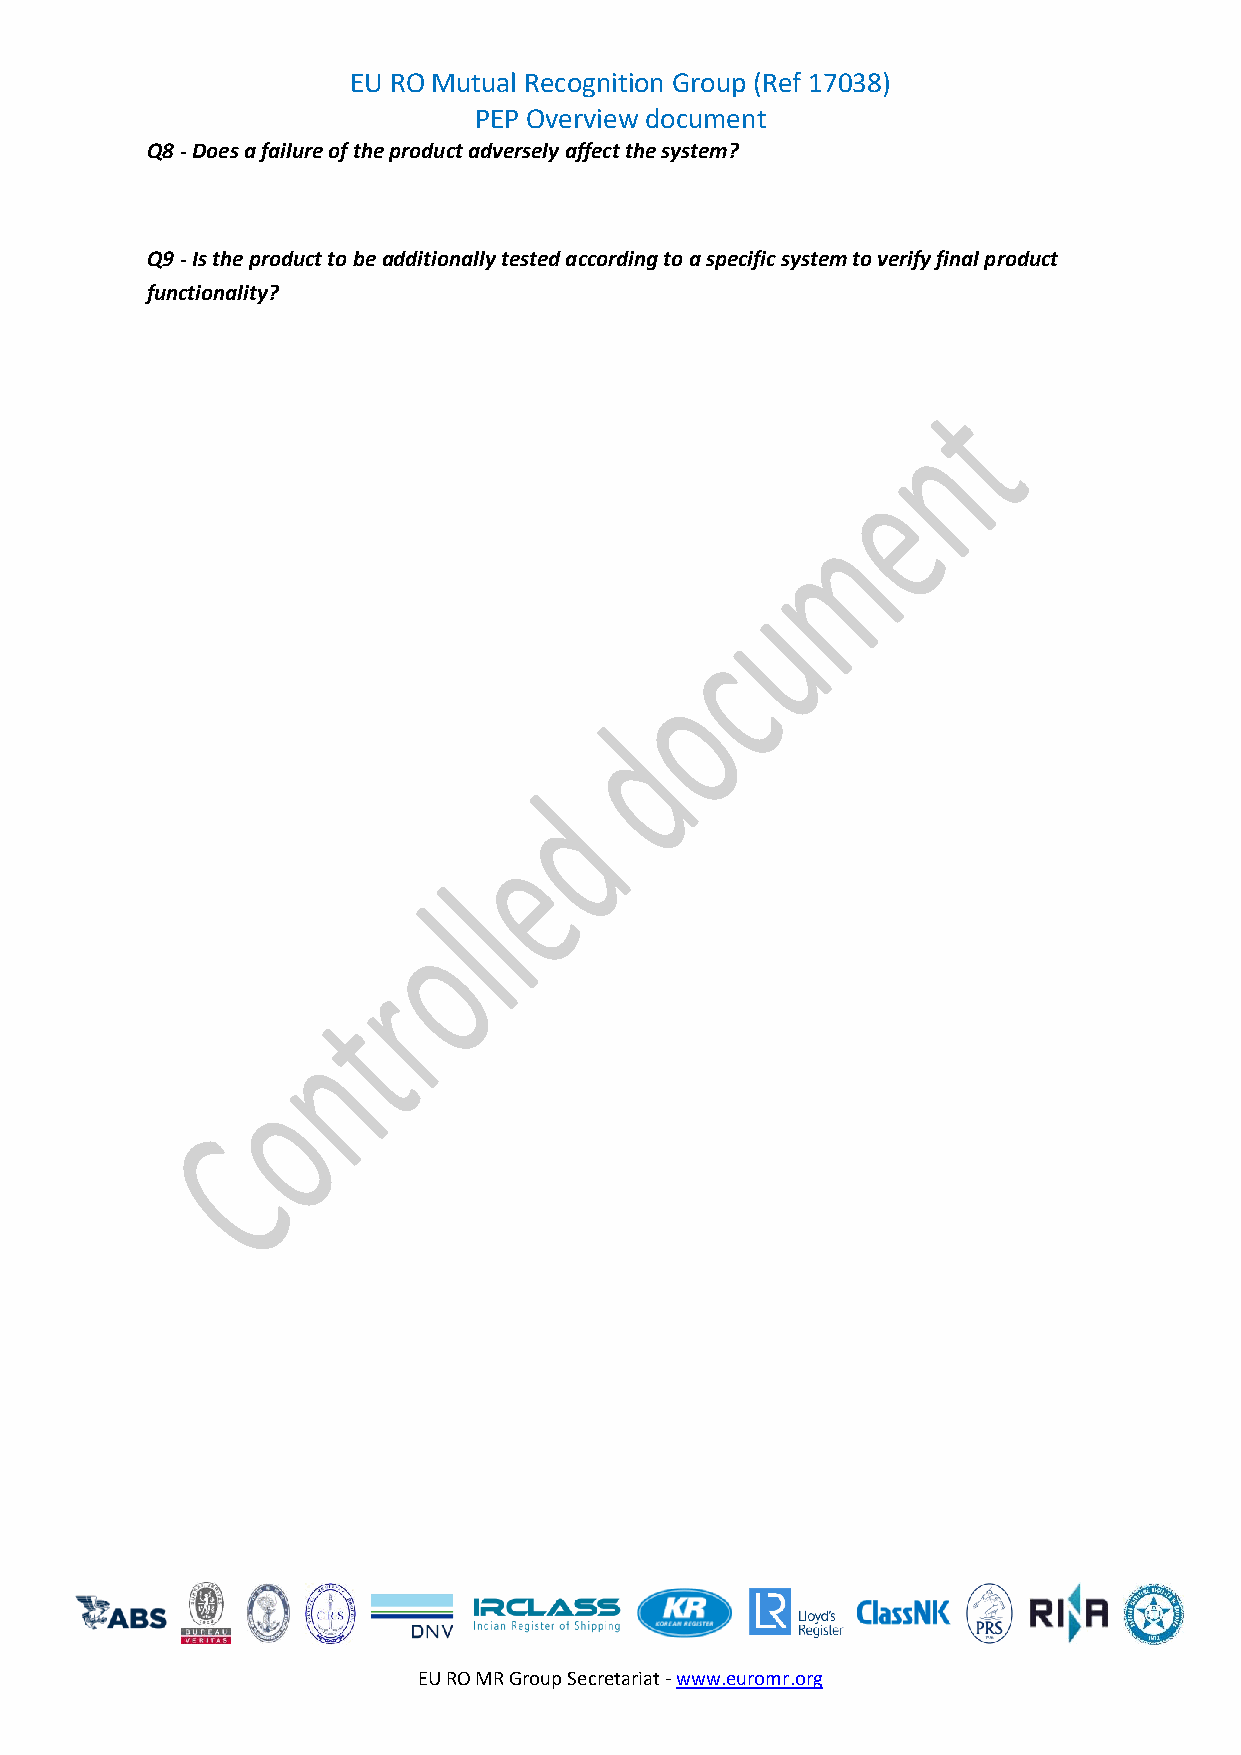
EU RO Mutual Recognition Group (Ref 17038)
 PEP Overview document
 Q8 - Does a failure of the product adversely affect the system?
 Q9 - Is the product to be additionally tested according to a specific system to verify final product
 functionality?
 EU RO MR Group Secretariat - www.euromr.org